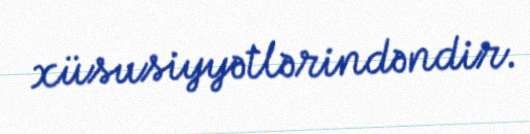
xüsusiyyətlərindəndir.